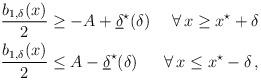
LaTeX: \begin{align*}\begin{aligned}\dfrac{b_{1,\delta}(x)}{2} &\geq -A + \underline{\delta}^\star (\delta) &\forall \, x \geq x^\star + \delta\\\dfrac{b_{1,\delta}(x)}{2} &\leq A - \underline{\delta}^\star (\delta) &\forall \, x \leq x^\star - \delta\,,\end{aligned} \end{align*}